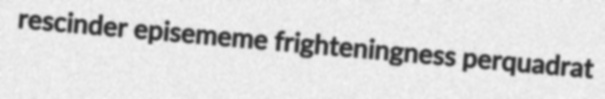
rescinder episememe frighteningness perquadrat